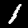
Digit: 1